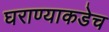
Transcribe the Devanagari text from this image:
घराण्याकडेच